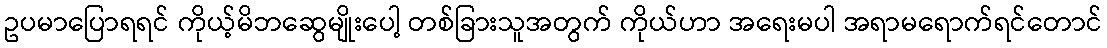
ဥပမာပြောရရင် ကိုယ့်မိဘဆွေမျိုးပေါ့ တစ်ခြားသူအတွက် ကိုယ်ဟာ အရေးမပါ အရာမရောက်ရင်တောင်